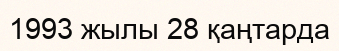
1993 жылы 28 қаңтарда